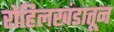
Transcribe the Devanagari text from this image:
रोहिलखंडातून